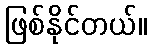
ဖြစ်နိုင်တယ်။